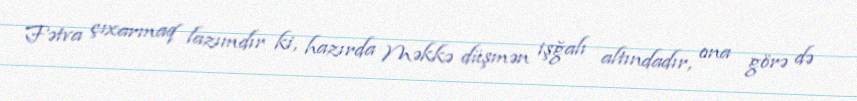
Fətva çıxarmaq lazımdır ki, hazırda Məkkə düşmən işğalı altındadır, ona görə də